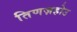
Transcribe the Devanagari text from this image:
तिणज़होउ